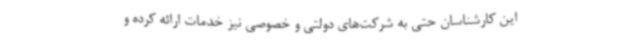
این کارشناسان حتی به شرکت‌های دولتی و خصوصی نیز خدمات ارائه کرده و